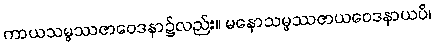
ကာယသမ္ဖဿဇာဝေဒနာ၌လည်း။ မနောသမ္ဖဿဇာယဝေဒနာယပိ၊